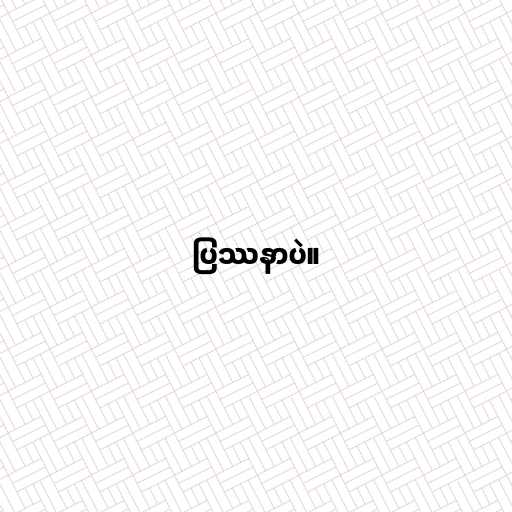
ပြဿနာပဲ။